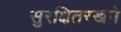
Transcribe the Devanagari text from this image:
सुरक्षितरखने